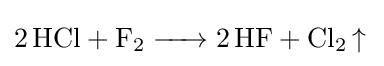
{\ce {2HCl + F_2 -> 2HF + Cl_2 ^}}